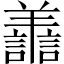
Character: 譱